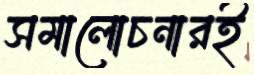
সমালোচনারই